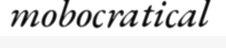
mobocratical